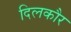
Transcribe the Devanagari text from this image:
दिलकौर